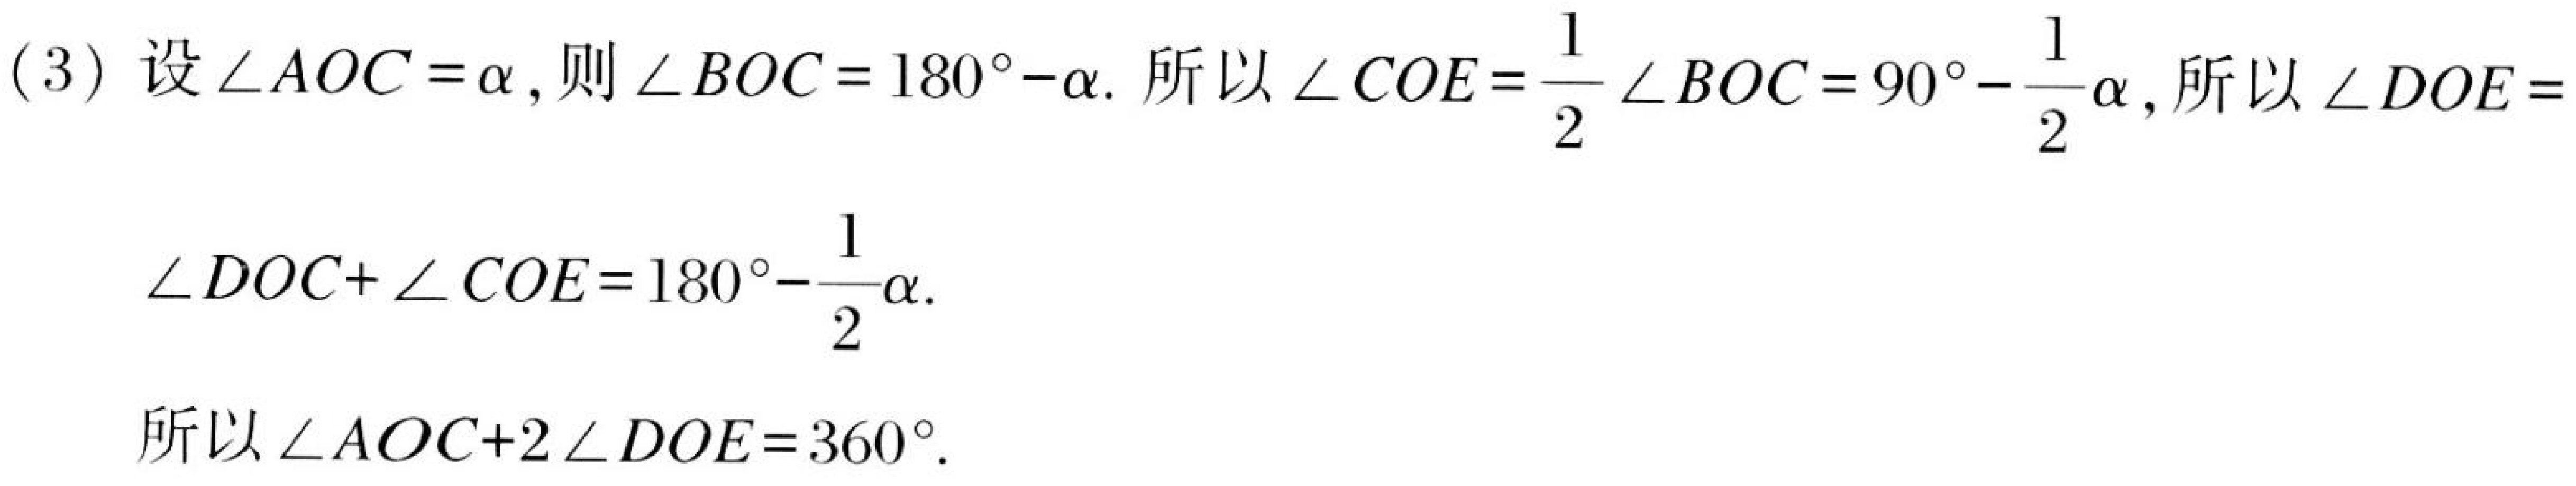
(3) 设\(\angle AOC = \alpha\)，则\(\angle BOC = 180^{\circ}-\alpha\). 所以\(\angle COE=\dfrac{1}{2}\angle BOC = 90^{\circ}-\dfrac{1}{2}\alpha\)，所以\(\angle DOE = \)
\(\angle DOC+\angle COE=180^{\circ}-\dfrac{1}{2}\alpha\).

所以\(\angle AOC + 2\angle DOE=360^{\circ}\).